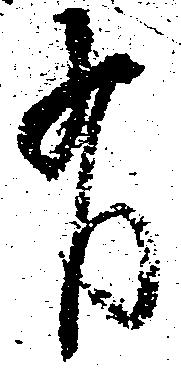
有